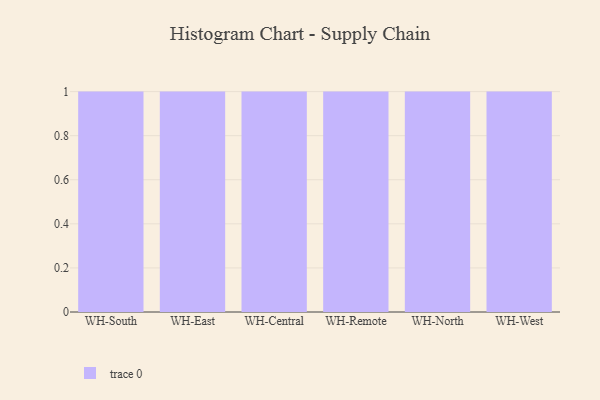
{"axis": {"x": "Warehouse", "y": "Population (Million)"}, "legend": [""], "data": [{"x": "WH-South", "y": 9, "type": ""}, {"x": "WH-East", "y": 9, "type": ""}, {"x": "WH-Central", "y": 6, "type": ""}, {"x": "WH-Remote", "y": 55, "type": ""}, {"x": "WH-North", "y": 25, "type": ""}, {"x": "WH-West", "y": 6, "type": ""}]}